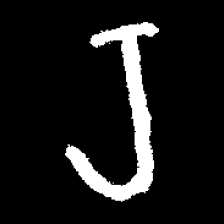
Pyu character \u2014 Myanmar letter: ရ (romanized: ra)